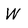
Character: W